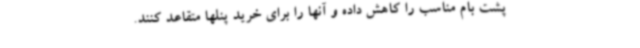
پشت بام مناسب را کاهش داده و آنها را برای خرید پنلها متقاعد کنند.